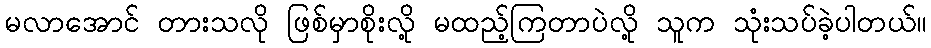
မလာအောင် တားသလို ဖြစ်မှာစိုးလို့ မထည့်ကြတာပဲလို့ သူက သုံးသပ်ခဲ့ပါတယ်။